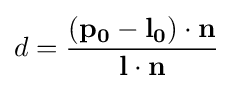
d={(\mathbf {p_{0}} -\mathbf {l_{0}} )\cdot \mathbf {n}  \over \mathbf {l} \cdot \mathbf {n} }